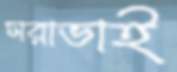
সরাভাই